Civil Veterinary Dept. Bombay admin report 1923-31 - 1923-1931
Year: 1923
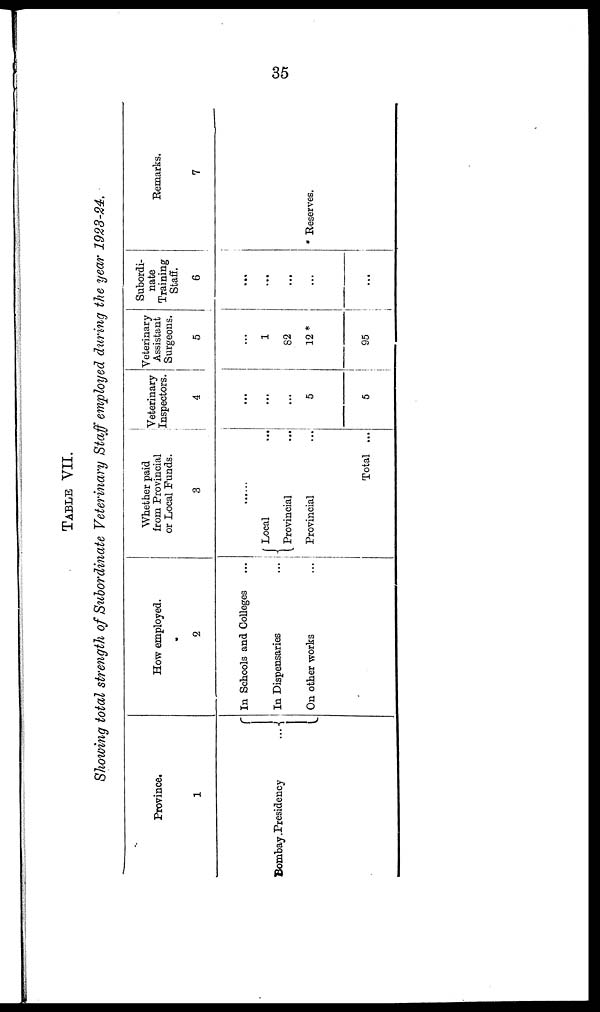
35
TABLE VII.
Showing total strength of Subordinate Veterinary Staff employed during the year 1923-24.
Province.
1
Bombay
Presidency...
How employed.
2
In Schools and Colleges ...
In Dispensaries ...
On other works ...
Whether paid
from Provincial
or Local Funds.
3
......
Local
...
Provincial ...
Provincial ...
Total ...
Veterinary
Inspectors.
4
...
...
...
5
5
Veterinary
Assistant
Surgeons.
5
...
1
82
12 *
95
Subordi-
nate
Training
Staff.
6
...
...
...
...
...
Remarks.
7
* Reserves.